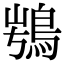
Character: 𩿭